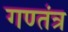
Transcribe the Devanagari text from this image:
गण्तंत्र